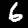
Digit: 6